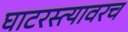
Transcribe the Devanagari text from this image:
घाटरस्त्यावरच